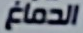
الدماغ